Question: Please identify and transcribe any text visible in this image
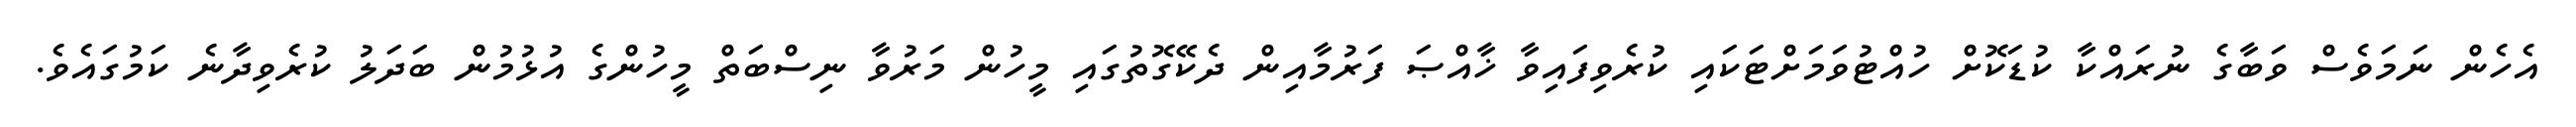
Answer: އެހެން ނަމަވެސް ވަބާގެ ނުރައްކާ ކުޑަކޮށް ހުއްޓުވަމަށްޓަކައި ކުރެވިފައިވާ ޚާއްޞަ ފަރުމާއިން ދެކޭގޮތުގައި މީހުން މަރުވާ ނިސްބަތް މީހުންގެ އުޅުމުން ބަދަލު ކުރެވިދާނެ ކަމުގައެވެ.